Annual report on the lock hospitals of the Madras Presidency
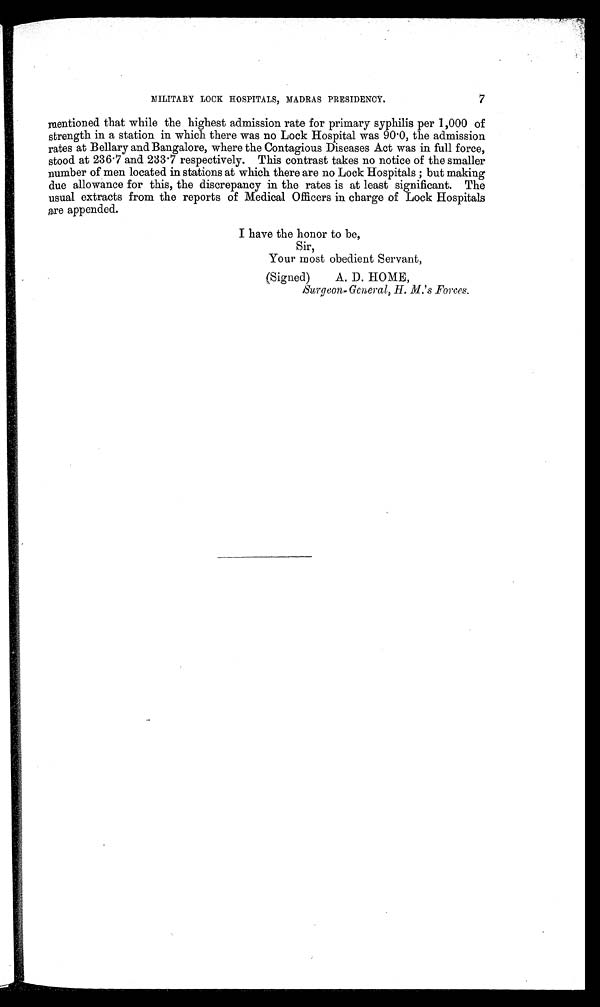
7
MILITARY LOCK HOSPITALS, MADRAS PRESIDENCY.
mentioned that while the highest admission rate for primary syphilis per 1,000 of
strength in a station in which there was no Lock Hospital was 90.0, the admission
rates at Bellary and Bangalore, where the Contagious Diseases Act was in full force,
stood at 236.7 and 233.7 respectively. This contrast takes no notice of the smaller
number of men located in stations at which there are no Lock Hospitals ; but making
due allowance for this, the discrepancy in the rates is at least significant. The
usual extracts from the reports of Medical Officers in charge of Lock Hospitals
are appended.
I have the honor to be,
Sir,
Your most obedient Servant,
(Signed)
A. D. HOME,
Surgeon, General, H. M.'s Forces.